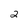
Character: 2